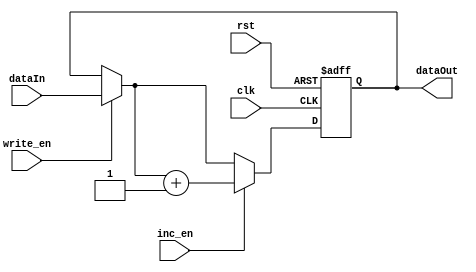
module reginc
#(parameter width = 16) //default size
(
	input [width-1:0] dataIn,
	input write_en,
	input inc_en,
	input rst,
	input clk,
	output reg [width-1:0] dataOut
	
);


always @(posedge clk or negedge rst)
begin
	if(~rst)
	begin
		dataOut <= 0;
	end
	
	else
	begin
	if(write_en)
		dataOut = dataIn;
	if(inc_en)
		dataOut = dataOut + 1;
	end
end


endmodule